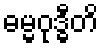
ဓမ္မဝုဒ္ဓီတိ